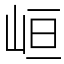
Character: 峘